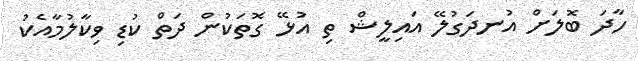
ހާދަ ބޮލަށް އުނދަގުލޭ އައިލީޝް ތި އުޅޭ ގޮތަކުން ދަތް ކުޑި ވިކާލުމާއެކު